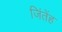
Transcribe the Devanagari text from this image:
जिंतेंह